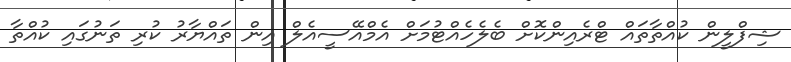
ޝިފްލީން ކުއްތާތައް ޓްރެއިންކޮށް ބެލެހެއްޓުމަށް އެމްއޭސީއެލް އިން ތައްޔާރު ކުރި ތަނުގައި ކުއްތާ